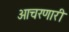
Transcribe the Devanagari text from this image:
आचरणारी